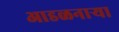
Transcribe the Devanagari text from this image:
आडळनाऱ्या